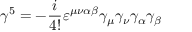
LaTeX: \gamma ^ { 5 } = - { \frac { i } { 4 ! } } \varepsilon ^ { \mu \nu \alpha \beta } \gamma _ { \mu } \gamma _ { \nu } \gamma _ { \alpha } \gamma _ { \beta }